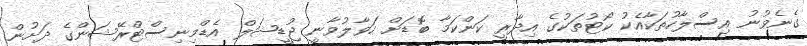
ގެނެވުނު އިސްލާހުތަކާއެކު ކޯޓުތަކުގެ އިދާރީ ކަންކަމާ ބޮޑަށް ހަވާލުވާނީ ޖުޑީޝަލް އެޑްމިނިސްޓްރޭޝަންގެ ދަށުން